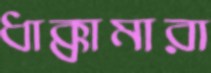
ধাক্কামারা